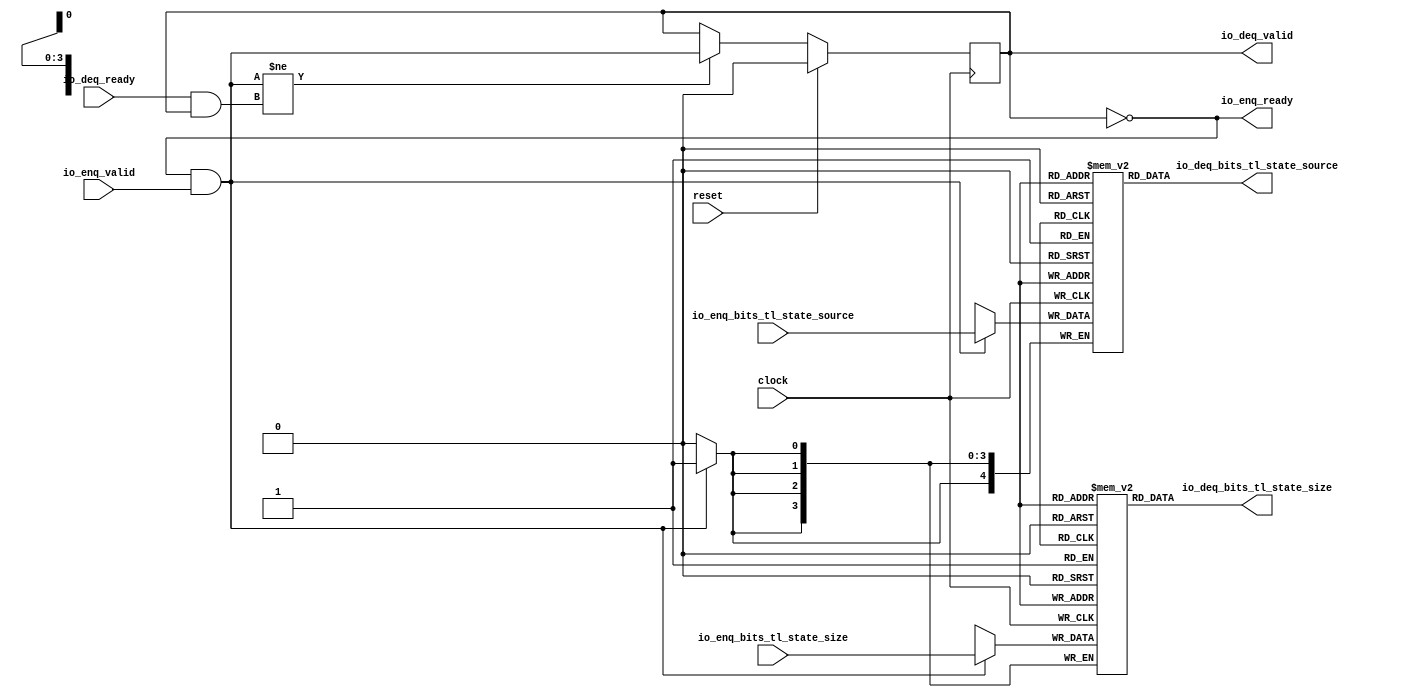
module QueueCompatibility(
  input        clock,
  input        reset,
  output       io_enq_ready,
  input        io_enq_valid,
  input  [3:0] io_enq_bits_tl_state_size,
  input  [4:0] io_enq_bits_tl_state_source,
  input        io_deq_ready,
  output       io_deq_valid,
  output [3:0] io_deq_bits_tl_state_size,
  output [4:0] io_deq_bits_tl_state_source
);
`ifdef RANDOMIZE_MEM_INIT
  reg [31:0] _RAND_0;
  reg [31:0] _RAND_1;
`endif // RANDOMIZE_MEM_INIT
`ifdef RANDOMIZE_REG_INIT
  reg [31:0] _RAND_2;
`endif // RANDOMIZE_REG_INIT
  reg [3:0] ram_tl_state_size [0:0]; // @[Decoupled.scala 218:16]
  wire [3:0] ram_tl_state_size_io_deq_bits_MPORT_data; // @[Decoupled.scala 218:16]
  wire  ram_tl_state_size_io_deq_bits_MPORT_addr; // @[Decoupled.scala 218:16]
  wire [3:0] ram_tl_state_size_MPORT_data; // @[Decoupled.scala 218:16]
  wire  ram_tl_state_size_MPORT_addr; // @[Decoupled.scala 218:16]
  wire  ram_tl_state_size_MPORT_mask; // @[Decoupled.scala 218:16]
  wire  ram_tl_state_size_MPORT_en; // @[Decoupled.scala 218:16]
  reg [4:0] ram_tl_state_source [0:0]; // @[Decoupled.scala 218:16]
  wire [4:0] ram_tl_state_source_io_deq_bits_MPORT_data; // @[Decoupled.scala 218:16]
  wire  ram_tl_state_source_io_deq_bits_MPORT_addr; // @[Decoupled.scala 218:16]
  wire [4:0] ram_tl_state_source_MPORT_data; // @[Decoupled.scala 218:16]
  wire  ram_tl_state_source_MPORT_addr; // @[Decoupled.scala 218:16]
  wire  ram_tl_state_source_MPORT_mask; // @[Decoupled.scala 218:16]
  wire  ram_tl_state_source_MPORT_en; // @[Decoupled.scala 218:16]
  reg  maybe_full; // @[Decoupled.scala 221:27]
  wire  empty = ~maybe_full; // @[Decoupled.scala 224:28]
  wire  do_enq = io_enq_ready & io_enq_valid; // @[Decoupled.scala 40:37]
  wire  do_deq = io_deq_ready & io_deq_valid; // @[Decoupled.scala 40:37]
  wire  _T = do_enq != do_deq; // @[Decoupled.scala 236:16]
  assign ram_tl_state_size_io_deq_bits_MPORT_addr = 1'h0;
  assign ram_tl_state_size_io_deq_bits_MPORT_data = ram_tl_state_size[ram_tl_state_size_io_deq_bits_MPORT_addr]; // @[Decoupled.scala 218:16]
  assign ram_tl_state_size_MPORT_data = io_enq_bits_tl_state_size;
  assign ram_tl_state_size_MPORT_addr = 1'h0;
  assign ram_tl_state_size_MPORT_mask = 1'h1;
  assign ram_tl_state_size_MPORT_en = io_enq_ready & io_enq_valid;
  assign ram_tl_state_source_io_deq_bits_MPORT_addr = 1'h0;
  assign ram_tl_state_source_io_deq_bits_MPORT_data = ram_tl_state_source[ram_tl_state_source_io_deq_bits_MPORT_addr]; // @[Decoupled.scala 218:16]
  assign ram_tl_state_source_MPORT_data = io_enq_bits_tl_state_source;
  assign ram_tl_state_source_MPORT_addr = 1'h0;
  assign ram_tl_state_source_MPORT_mask = 1'h1;
  assign ram_tl_state_source_MPORT_en = io_enq_ready & io_enq_valid;
  assign io_enq_ready = ~maybe_full; // @[Decoupled.scala 241:19]
  assign io_deq_valid = ~empty; // @[Decoupled.scala 240:19]
  assign io_deq_bits_tl_state_size = ram_tl_state_size_io_deq_bits_MPORT_data; // @[Decoupled.scala 242:15]
  assign io_deq_bits_tl_state_source = ram_tl_state_source_io_deq_bits_MPORT_data; // @[Decoupled.scala 242:15]
  always @(posedge clock) begin
    if(ram_tl_state_size_MPORT_en & ram_tl_state_size_MPORT_mask) begin
      ram_tl_state_size[ram_tl_state_size_MPORT_addr] <= ram_tl_state_size_MPORT_data; // @[Decoupled.scala 218:16]
    end
    if(ram_tl_state_source_MPORT_en & ram_tl_state_source_MPORT_mask) begin
      ram_tl_state_source[ram_tl_state_source_MPORT_addr] <= ram_tl_state_source_MPORT_data; // @[Decoupled.scala 218:16]
    end
    if (reset) begin // @[Decoupled.scala 221:27]
      maybe_full <= 1'h0; // @[Decoupled.scala 221:27]
    end else if (_T) begin // @[Decoupled.scala 236:28]
      maybe_full <= do_enq; // @[Decoupled.scala 237:16]
    end
  end
// Register and memory initialization
`ifdef RANDOMIZE_GARBAGE_ASSIGN
`define RANDOMIZE
`endif
`ifdef RANDOMIZE_INVALID_ASSIGN
`define RANDOMIZE
`endif
`ifdef RANDOMIZE_REG_INIT
`define RANDOMIZE
`endif
`ifdef RANDOMIZE_MEM_INIT
`define RANDOMIZE
`endif
`ifndef RANDOM
`define RANDOM $random
`endif
`ifdef RANDOMIZE_MEM_INIT
  integer initvar;
`endif
`ifndef SYNTHESIS
`ifdef FIRRTL_BEFORE_INITIAL
`FIRRTL_BEFORE_INITIAL
`endif
initial begin
  `ifdef RANDOMIZE
    `ifdef INIT_RANDOM
      `INIT_RANDOM
    `endif
    `ifndef VERILATOR
      `ifdef RANDOMIZE_DELAY
        #`RANDOMIZE_DELAY begin end
      `else
        #0.002 begin end
      `endif
    `endif
`ifdef RANDOMIZE_MEM_INIT
  _RAND_0 = {1{`RANDOM}};
  for (initvar = 0; initvar < 1; initvar = initvar+1)
    ram_tl_state_size[initvar] = _RAND_0[3:0];
  _RAND_1 = {1{`RANDOM}};
  for (initvar = 0; initvar < 1; initvar = initvar+1)
    ram_tl_state_source[initvar] = _RAND_1[4:0];
`endif // RANDOMIZE_MEM_INIT
`ifdef RANDOMIZE_REG_INIT
  _RAND_2 = {1{`RANDOM}};
  maybe_full = _RAND_2[0:0];
`endif // RANDOMIZE_REG_INIT
  `endif // RANDOMIZE
end // initial
`ifdef FIRRTL_AFTER_INITIAL
`FIRRTL_AFTER_INITIAL
`endif
`endif // SYNTHESIS
endmodule